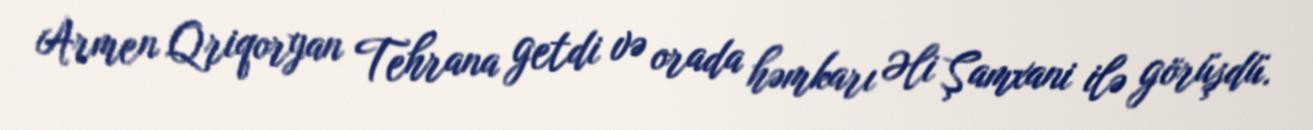
Armen Qriqoryan Tehrana getdi və orada həmkarı Əli Şamxani ilə görüşdü.